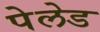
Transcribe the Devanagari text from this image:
पेलेड